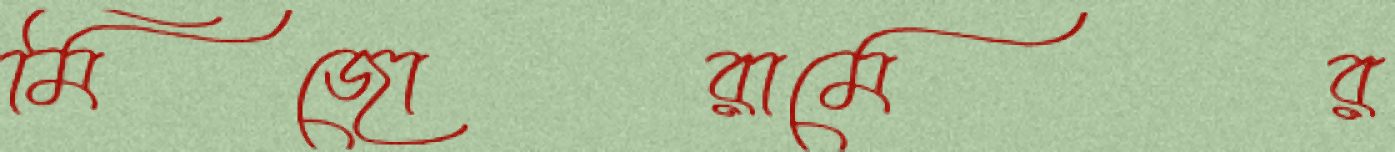
মিজোরামের